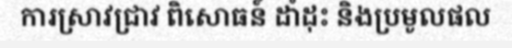
ការស្រាវជ្រាវ ពិសោធន៍ ដាំដុះ និងប្រមូលផល